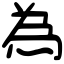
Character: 為